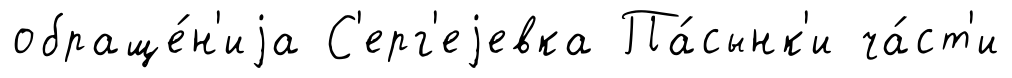
обраще́н'иjа С'ерг'еjевка Па́сынк'и ча́ст'и